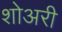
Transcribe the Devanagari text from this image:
शोअरी